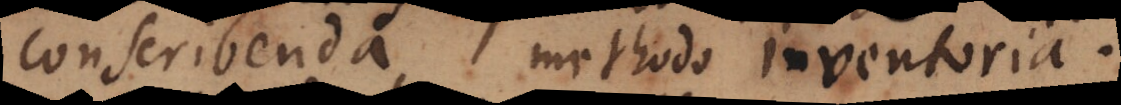
conscribenda methodo inventoria.